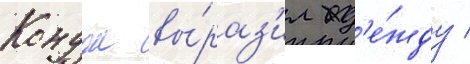
Кондон вы́раз'ил над'е́жду /